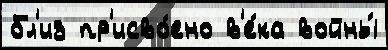
бл'из пр'исво́ено в'е́ка войны́